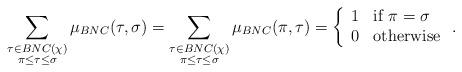
LaTeX: \begin{align*}\sum_{\substack{\tau \in BNC(\chi) \\\pi \leq \tau \leq \sigma}} \mu_{BNC}(\tau, \sigma) = \sum_{\substack{\tau \in BNC(\chi) \\ \pi \leq \tau \leq \sigma}} \mu_{BNC}(\pi, \tau) = \left\{\begin{array}{ll}1 & \mbox{if } \pi = \sigma \\0 & \mbox{otherwise}\end{array} \right. .\end{align*}